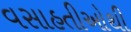
વસાહતીઓથી